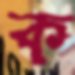
ক